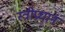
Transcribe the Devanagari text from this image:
स्त्रीप्रधान